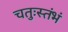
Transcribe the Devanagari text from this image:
चतुःस्तंभं